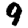
Digit: 9